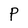
Character: P